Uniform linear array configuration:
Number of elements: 12
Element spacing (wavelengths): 1
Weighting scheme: exponential
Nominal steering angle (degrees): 45
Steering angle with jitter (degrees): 46.672
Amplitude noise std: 0.05
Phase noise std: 0.05

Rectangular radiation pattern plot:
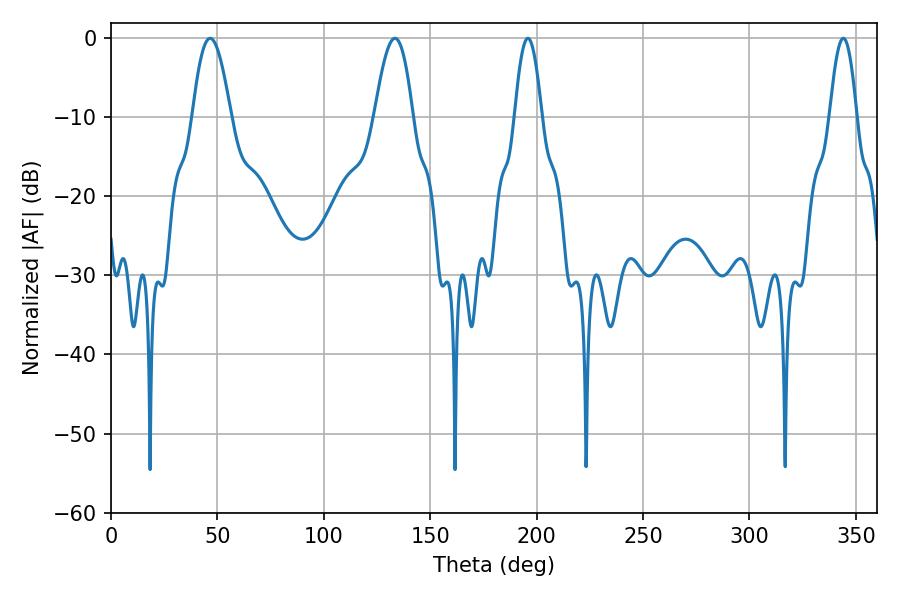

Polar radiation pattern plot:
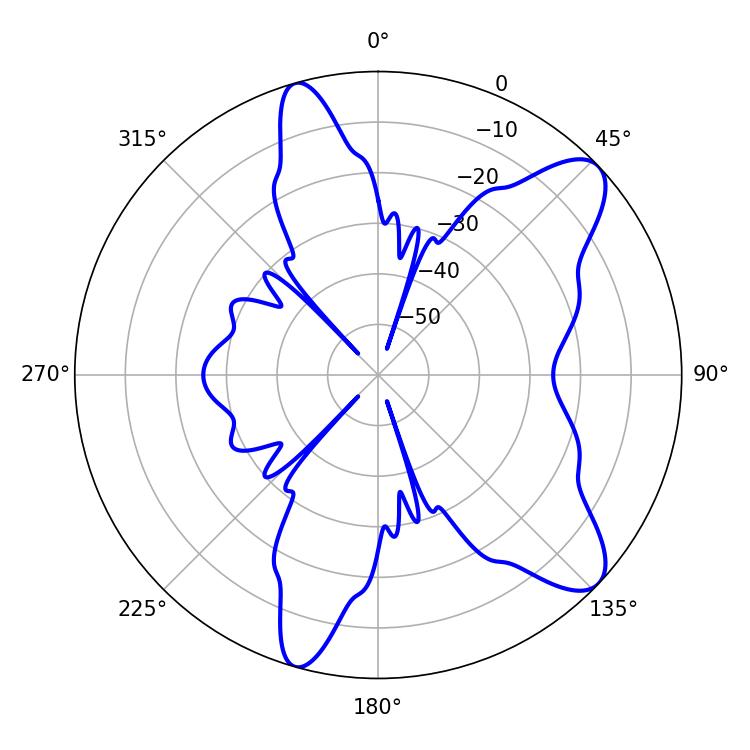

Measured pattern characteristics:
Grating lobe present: TRUE
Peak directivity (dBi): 9.754
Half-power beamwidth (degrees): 9.72
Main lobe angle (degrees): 46.62